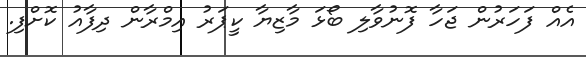
އެއް ފަހަރުން ޖަހާ ފޮނުވާލި ބޯޅަ މާޒިޔާ ކީޕަރު އިމްރާން ދިފާއު ކޮށްފި.